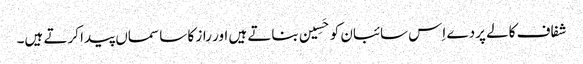
شفاف کالے پردے اِس سائبان کو حَسِین بناتے ہیں اور راز کا سا سماں پیدا کرتے ہیں۔